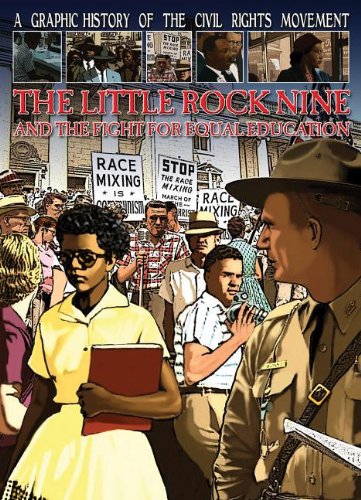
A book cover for The Little Rock Nine and the Fight for Equal Education (Graphic History of the Civil Rights Movement); Gary Jeffrey; Children's Books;